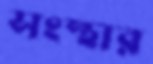
সংস্থার